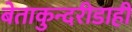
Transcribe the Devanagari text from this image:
बेताकुन्दरीडाही